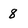
Character: 8